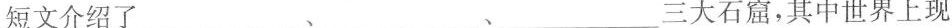
短文介绍了___、___、___三大石窟，其中世界上现